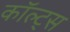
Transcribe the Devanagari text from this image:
कॉल्ट्स